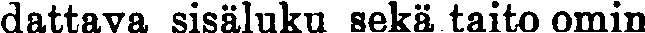
dattava sisäluku sekä taito omin